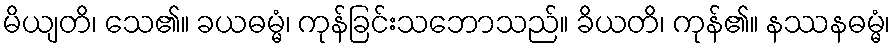
မိယျတိ၊ သေ၏။ ခယဓမ္မံ၊ ကုန်ခြင်းသဘောသည်။ ခိယတိ၊ ကုန်၏။ နဿနဓမ္မံ၊